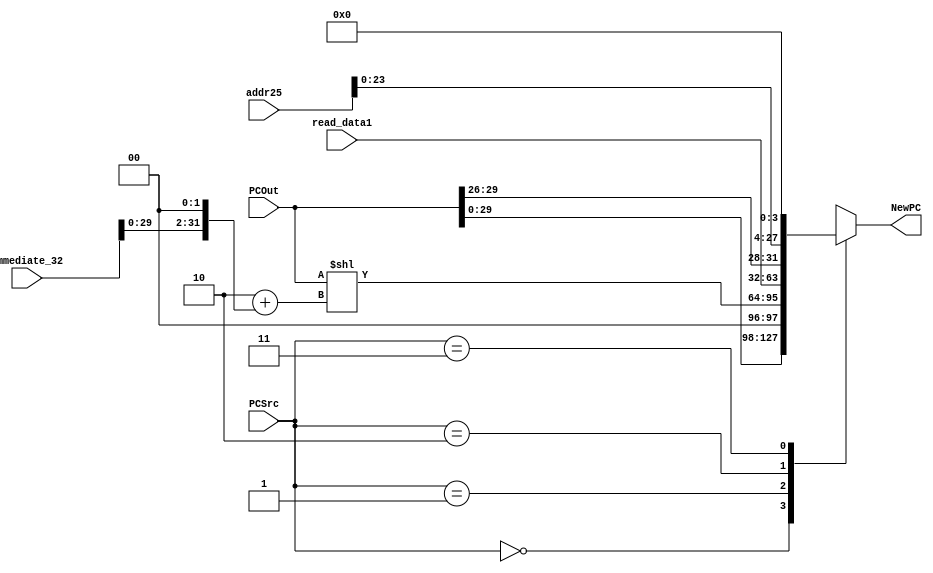
`timescale 1ns / 1ps
//////////////////////////////////////////////////////////////////////////////////
// Company: 
// Engineer: 
// 
// Design Name: 
// Module Name: NextPC
// Project Name: 
// Target Devices: 
// Tool Versions: 
// Description: 
// 
// Dependencies: 
// 
// Revision:
// Revision 0.01 - File Created
// Additional Comments:
// 
//////////////////////////////////////////////////////////////////////////////////


module NextPC(PCSrc, PCOut, immediate_32, read_data1, addr25, NewPC);
	input [1:0] PCSrc;
	input [31:0] PCOut;
	input [31:0] immediate_32;
	input [31:0] read_data1;
	input [25:0] addr25;
	output reg [31:0] NewPC;
	always@(*) begin
	   case(PCSrc)
            2'b00:
                NewPC = PCOut << 2;
            2'b01:
                NewPC = PCOut << 2 + (immediate_32 << 2);
            2'b10:
                NewPC = read_data1;
            2'b11:
                NewPC = { PCOut[29:26], addr25 << 2, 2'b00};
        endcase
	end
endmodule